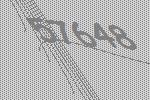
57648